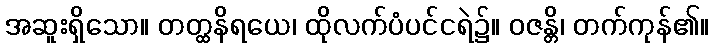
အဆူးရှိသော။ တတ္ထနိရယေ၊ ထိုလက်ပံပင်ငရဲ၌။ ဝဇန္တိ၊ တက်ကုန်၏။